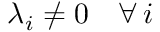
\lambda _ { i } \neq 0 \quad \forall \, i